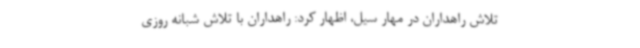
تلاش راهداران در مهار سیل، اظهار کرد: راهداران با تلاش شبانه روزی